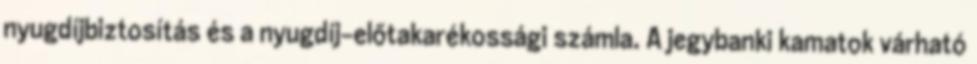
nyugdíjbiztosítás és a nyugdíj-előtakarékossági számla. A jegybanki kamatok várható